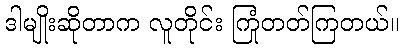
ဒါမျိုးဆိုတာက လူတိုင်း ကြုံတတ်ကြတယ်။